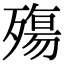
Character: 殤